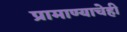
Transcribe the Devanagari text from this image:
प्रामाण्याचेही